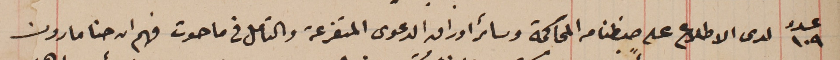
عدد ١٠٩ لدى الاطلاع على ضبطنا من المحاكمة وسائر اوراق الدعوى المتفرعة والتامل في ما حوت فهم ان حنا مارون